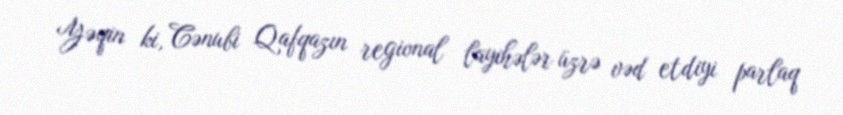
Yəqin ki, Cənubi Qafqazın regional layihələr üzrə vəd etdiyi parlaq